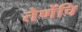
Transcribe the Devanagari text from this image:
तेणेंचि